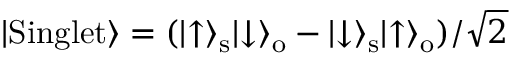
\lvert \mathrm { S i n g l e t } \rangle = ( \lvert \uparrow \rangle _ { \mathrm { s } } \lvert \downarrow \rangle _ { \mathrm { o } } - \lvert \downarrow \rangle _ { \mathrm { s } } \lvert \uparrow \rangle _ { \mathrm { o } } ) / \sqrt { 2 }